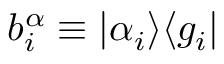
b _ { i } ^ { \alpha } \equiv | \alpha _ { i } \rangle \langle g _ { i } |